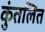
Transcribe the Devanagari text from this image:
कुंतलित